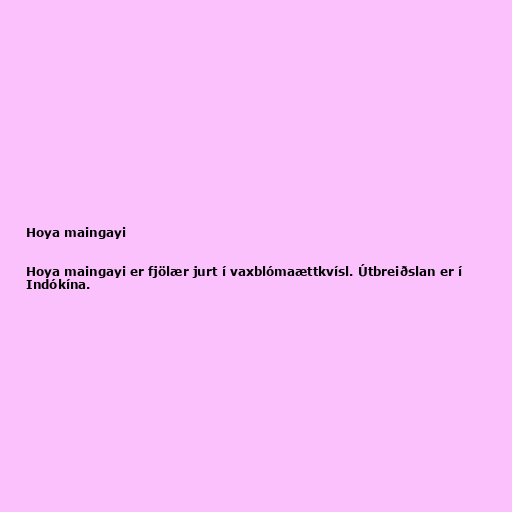
Hoya maingayi

Hoya maingayi er fjölær jurt í vaxblómaættkvísl. Útbreiðslan er í
Indókína.